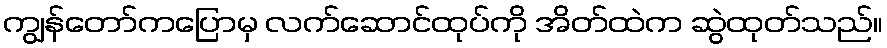
ကျွန်တော်ကပြောမှ လက်ဆောင်ထုပ်ကို အိတ်ထဲက ဆွဲထုတ်သည်။